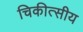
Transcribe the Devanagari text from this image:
चिकीत्सीय